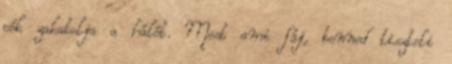
pók zakatolja a hálót. Most ami fáj, benned tiszteli